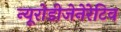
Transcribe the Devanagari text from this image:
न्यूरोडीजेनेरेटिव